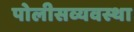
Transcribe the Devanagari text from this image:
पोलीसव्यवस्था